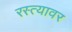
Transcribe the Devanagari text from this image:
रस्‍त्‍यावर